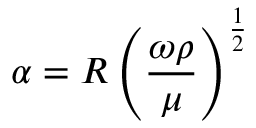
\alpha = R \left( { \frac { \omega \rho } { \mu } } \right) ^ { \frac { 1 } { 2 } }